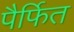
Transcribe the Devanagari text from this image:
पैर्फित